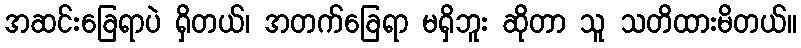
အဆင်းခြေရာပဲ ရှိတယ်၊ အတက်ခြေရာ မရှိဘူး ဆိုတာ သူ သတိထားမိတယ်။